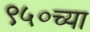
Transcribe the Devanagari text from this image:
९५०च्या